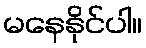
မနေနိုင်ပါ။